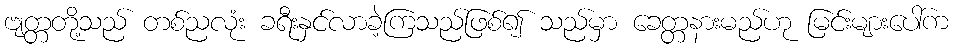
ဗျတ္တတို့သည် တစ်ညလုံး ခရီးနှင်လာခဲ့ကြသည်ဖြစ်၍ သည်မှာ ခေတ္တနားမည်ဟု မြင်းများပေါ်က